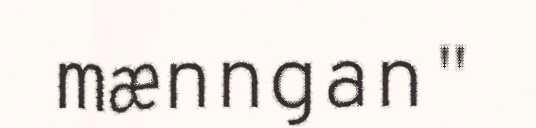
mænngan"